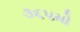
૩૬૫મો